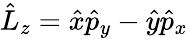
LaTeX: \begin{array}{r}{\hat{L}_{z}=\hat{x}\hat{p}_{y}-\hat{y}\hat{p}_{x}}\end{array}